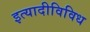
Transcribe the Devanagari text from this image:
इत्यादीविविध